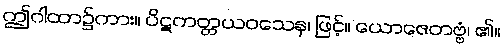
ဤဂါထာ၌ကား။ ပိဋကတ္တယဝသေန၊ ဖြင့်။ ယောဇေတဗ္ဗံ၊ ၏။